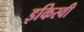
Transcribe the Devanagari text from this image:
इकिस्वी